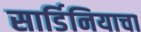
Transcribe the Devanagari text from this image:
सार्डिनियाचा